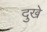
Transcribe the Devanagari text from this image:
दुखे